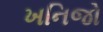
ખનિજો